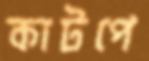
কাটপে